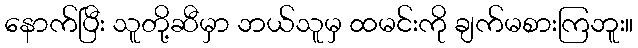
နောက်ပြီး သူတို့ဆီမှာ ဘယ်သူမှ ထမင်းကို ချက်မစားကြဘူး။